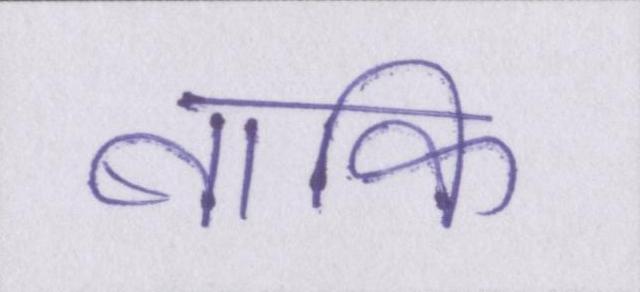
बाकि